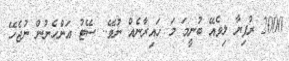
2000 ރުފިޔާ ލިވެއޭ ބުނީމަ މަ ހައިރާނެއް ނުވޭ.. ސޭޓު އަންހެނުން ނުޖެހޭ